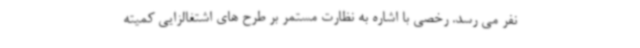
نفر می رسد. رخصی با اشاره به نظارت مستمر بر طرح های اشتغالزایی کمیته